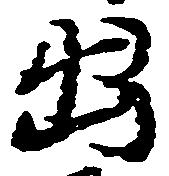
出